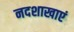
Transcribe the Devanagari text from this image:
नदशाखाएं